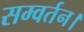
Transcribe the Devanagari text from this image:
सम्वर्तन।